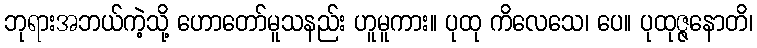
ဘုရားအဘယ်ကဲ့သို့ ဟောတော်မူသနည်း ဟူမူကား။ ပုထု ကိလေသေ၊ ပေ။ ပုထုဇ္ဇနောတိ၊